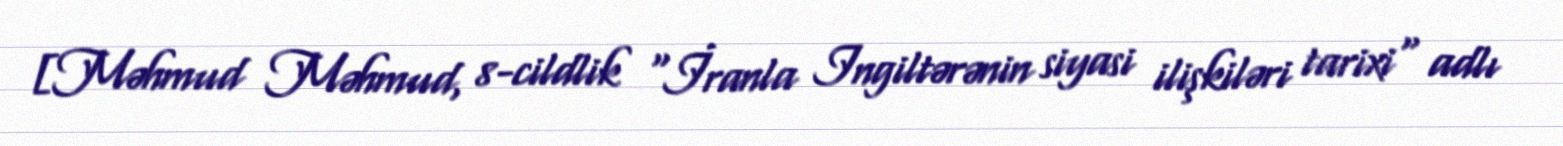
[Məhmud Məhmud, 8-cildlik "İranla Ingiltərənin siyasi ilişkiləri tarixi" adlı